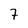
Character: 7